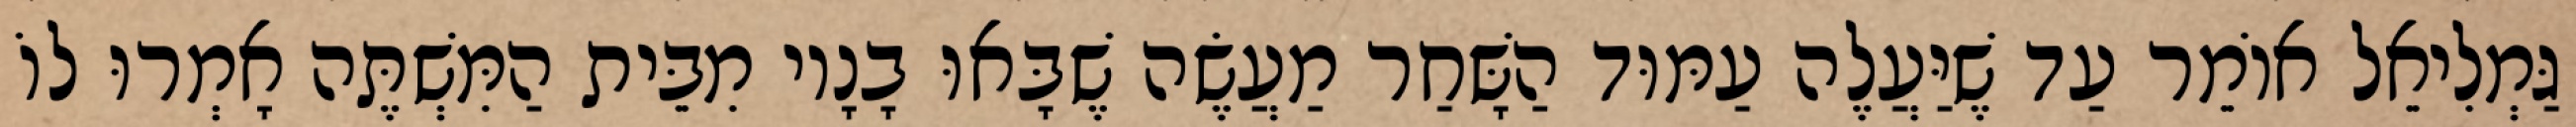
גַּמְלִיאֵל אוֹמֵר עַד שֶׁיַּעֲלֶה עַמּוּד הַשָּׁחַר מַעֲשֶׂה שֶׁבָּאוּ בָנָיו מִבֵּית הַמִּשְׁתֶּה אָמְרוּ לוֹ